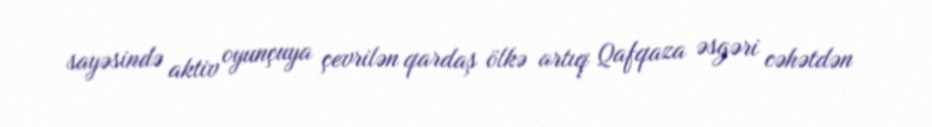
sayəsində aktiv oyunçuya çevrilən qardaş ölkə artıq Qafqaza əsgəri cəhətdən